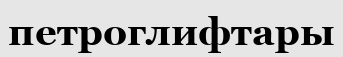
петроглифтары